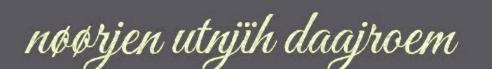
nøørjen utnjïh daajroem